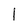
Character: l